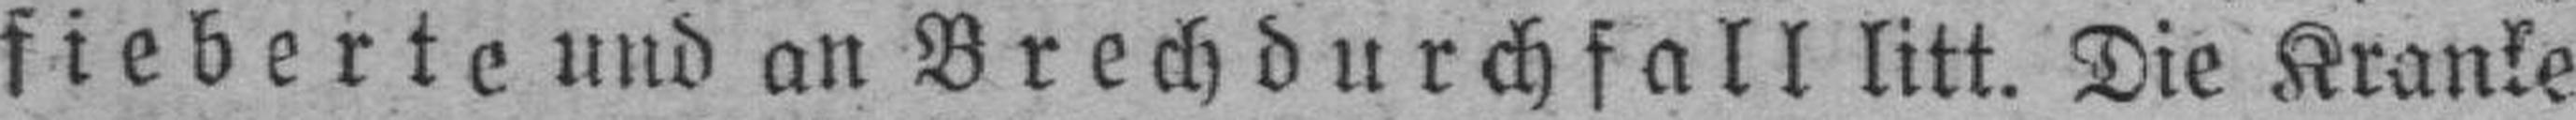
fieberte und an Brechdurchfall litt. Die Kranke